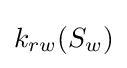
k_{rw}(S_{w})